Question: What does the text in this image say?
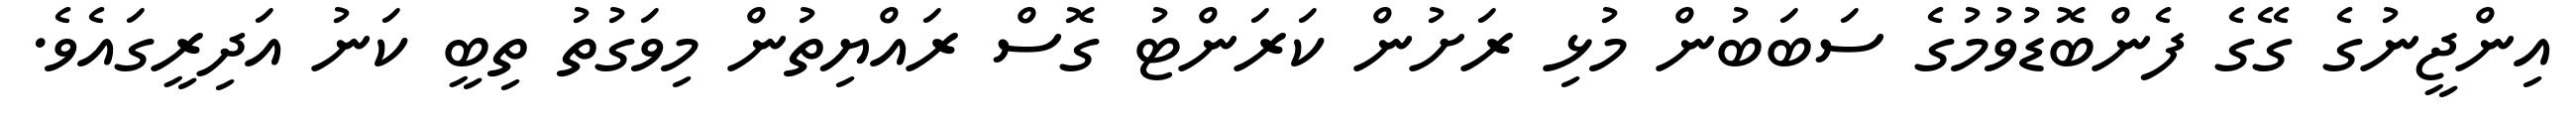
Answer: އިންޖީނުގެ ގޭގެ ފެންބޮޑުވުމުގެ ސަބަބުން މުޅި ރަށުން ކަރަންޓު ގޮސް ރައްޔިތުން މިވަގުތު ތިބީ ކަނު އަދިރީގައެވެ.